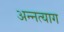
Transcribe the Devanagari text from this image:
अन्नत्याग